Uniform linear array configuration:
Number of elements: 48
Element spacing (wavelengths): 0.5
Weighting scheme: hann
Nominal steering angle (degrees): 15
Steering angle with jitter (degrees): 16.008
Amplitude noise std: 0.05
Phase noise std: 0.05

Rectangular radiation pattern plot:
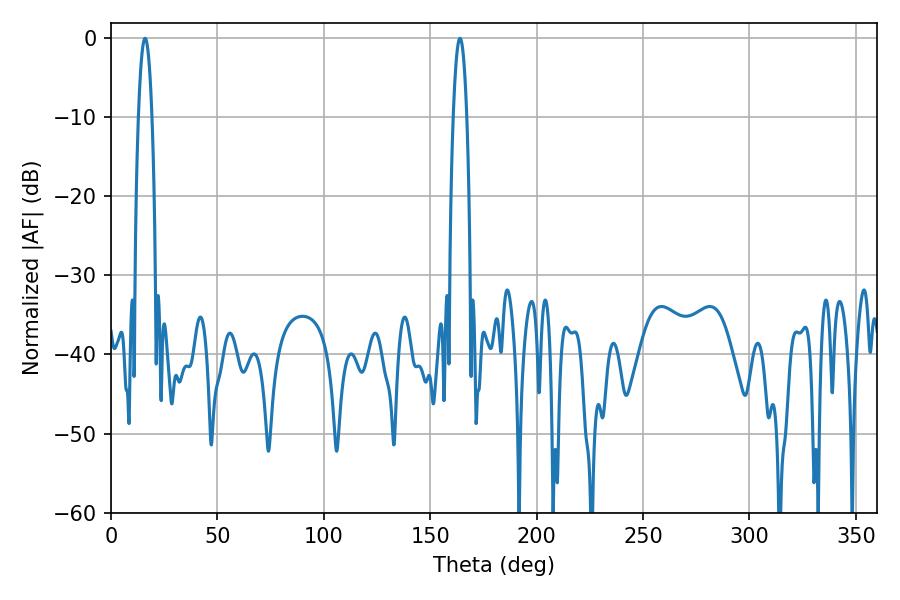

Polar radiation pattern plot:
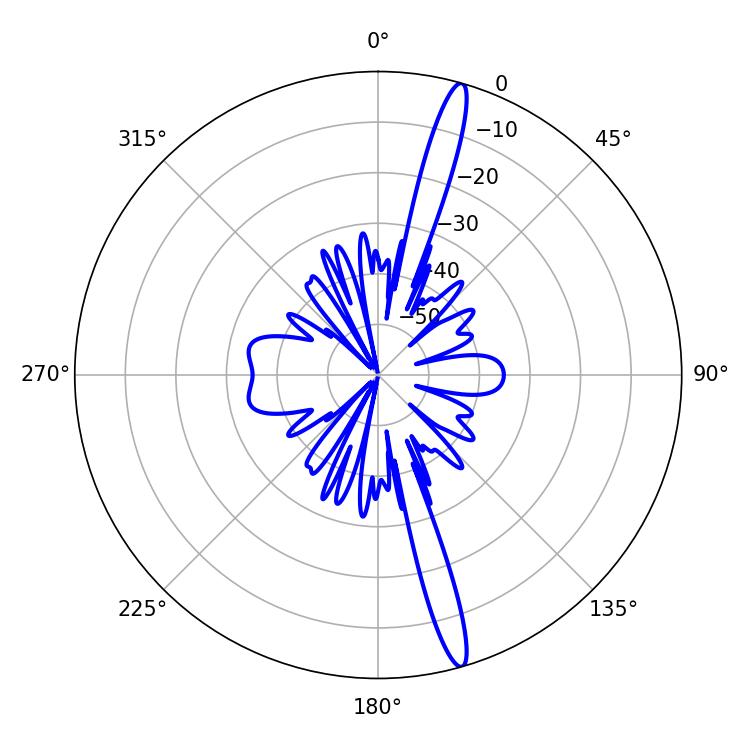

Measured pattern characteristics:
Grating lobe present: FALSE
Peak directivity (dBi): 17.371
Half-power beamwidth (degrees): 3.6
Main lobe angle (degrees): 16.02